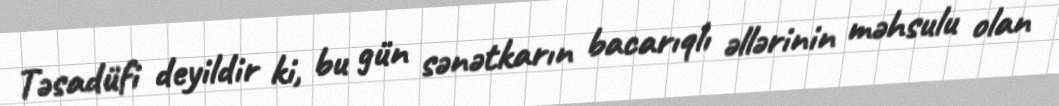
Təsadüfi deyildir ki, bu gün sənətkarın bacarıqlı əllərinin məhsulu olan